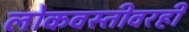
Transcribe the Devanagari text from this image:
लोकवस्तीवरही